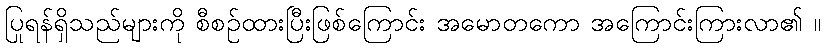
ပြုရန်ရှိသည်များကို စီစဉ်ထားပြီးဖြစ်ကြောင်း အမောတကော အကြောင်းကြားလာ၏ ။